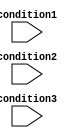
module multiple_if_else_statement (
    input wire condition1,
    input wire condition2,
    input wire condition3
);

    reg [1:0] result;

    always @* begin
        if (condition1) begin
            result = 2'b00; // Execute code block 1
        end
        else if (condition2) begin
            result = 2'b01; // Execute code block 2
        end
        else if (condition3) begin
            result = 2'b10; // Execute code block 3
        end
        else begin
            result = 2'b11; // Default action
        end
    end

endmodule